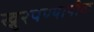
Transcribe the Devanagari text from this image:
खुरपण्यापीक